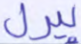
بيرل